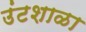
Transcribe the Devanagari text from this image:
उंटशाळा